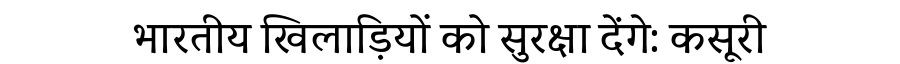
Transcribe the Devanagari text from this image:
भारतीय खिलाड़ियों को सुरक्षा देंगे: कसूरी